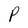
Character: P